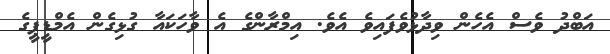
އަބްދު ވެސް އެހެން ވިދާޅުވެފައިވެ އެވެ. އިމްރާންގެ އެ ވާހަކައާ ގުޅިގެން އެމްޑީޕީގެ